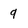
Character: 9